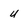
Character: u